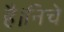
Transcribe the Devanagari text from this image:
है।निचे